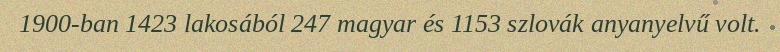
1900-ban 1423 lakosából 247 magyar és 1153 szlovák anyanyelvű volt.